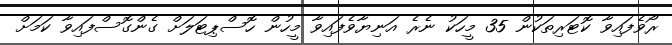
ރޯވެފައިވާ ކޮޓަރިތަކުން 35 މީހަކު ނެރެ އަނިޔާވެފައިވާ މީހުން ހޮސްޕިޓަލަށް ގެންގޮސްފައިވާ ކަމަށް